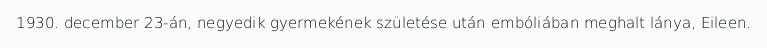
1930. december 23-án, negyedik gyermekének születése után embóliában meghalt lánya, Eileen.